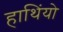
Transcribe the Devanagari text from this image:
हाथिंयो